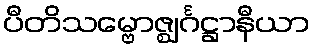
ပီတိသမ္ဗောဇ္ဈင်္ဂဋ္ဌာနီယာ